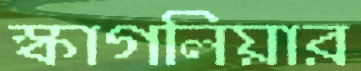
স্কাগলিয়ার